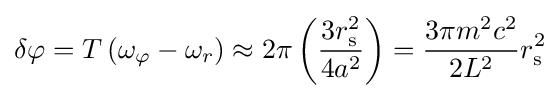
\delta \varphi =T\left(\omega _{\varphi }-\omega _{r}\right)\approx 2\pi \left({\frac {3r_{\text{s}}^{2}}{4a^{2}}}\right)={\frac {3\pi m^{2}c^{2}}{2L^{2}}}r_{\text{s}}^{2}